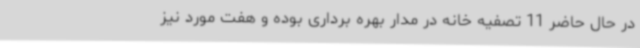
در حال حاضر 11 تصفیه خانه در مدار بهره برداری بوده و هفت مورد نیز